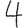
Digit: 4